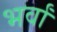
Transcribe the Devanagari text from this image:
भर्वां